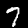
Digit: 7